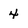
Character: 4